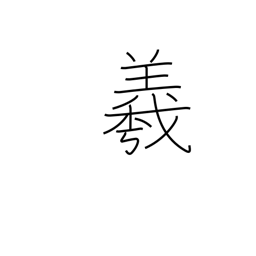
Meaning: used in proper names